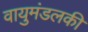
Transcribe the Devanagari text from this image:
वायुमंडलकी